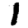
Digit: 1